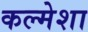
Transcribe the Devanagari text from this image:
कल्मेशा